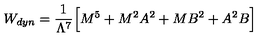
W _ { d y n } = \frac { 1 } { \Lambda ^ { 7 } } \Big [ M ^ { 5 } + M ^ { 2 } A ^ { 2 } + M B ^ { 2 } + A ^ { 2 } B \Big ]